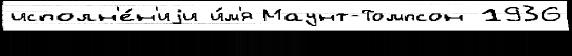
исполн'е́н'иjи и́м'я Маунт-Томпсон 1936